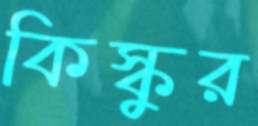
কিস্কুর